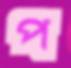
প